Memorandum on the prevention of leprosy by segregation of the affected
Disease focus: Leprosy
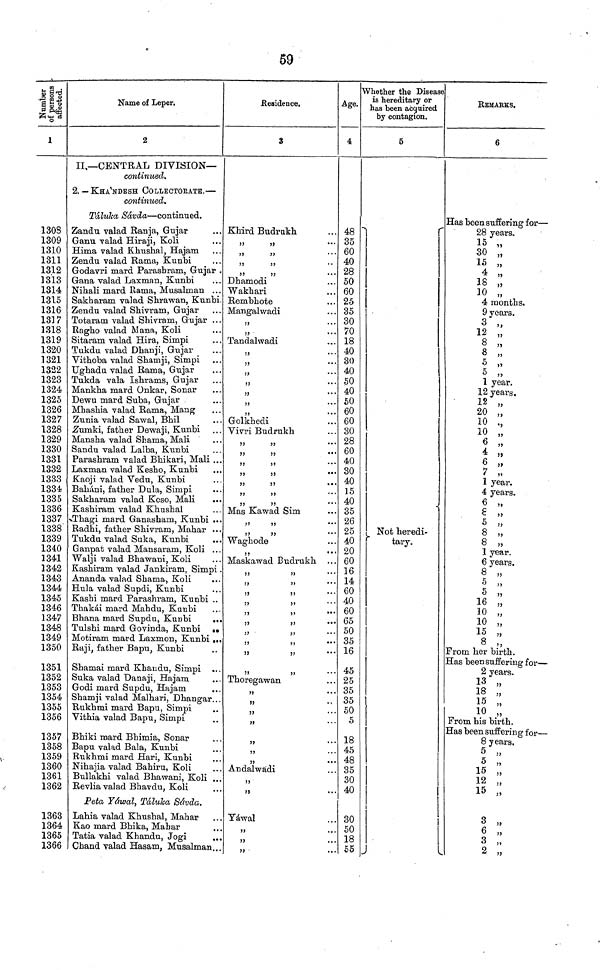
59
1
1308
1309
1310
1311
1312
3313
1314
1315
1316
13] 7
1318
1319
1320
1321
1322
1323
1324
1325
1326
1327
1328
1329
1330
1331
1332
1333
1334
1335
1336
1337
1338
1339
1340
1341
1342
1343
1344
1345
1346
1347
1348
1349
1350
1351
1352
1353
1354
1355
1356
1357
1358
1359
1360
1361
1362
1363
1364
1365
1366
2
II.— CENTRAL DIVISION—
continued.
2. — KHA'NDESH COLLECTORATE. —
continued.
Táluka Sávda — continued.
Zandu valad Ranja, Gujar
Ganu valad Hiraji, Koli
Hima valad Khushal, Hajam
Zendu valad Rama, Kunbi
Godavri mard Parasbram, Gujar .
Gana valad Laxman, Kunbi
Nihali mard llama, Musalman ...
Sakharam valad Shrawan, Kunbi.
Zendu valad Shivram, Gujar
Totaram valad Shivram, Gujar . . .
Ragbo valad Mana, Koli
Sitaram valad Hira, Simpi
Tukdu valad Dhanji, Gujar
Vitboba valad Shamji, Simpi
Ughadu valad Rama, Gujar
Tukda vala Ishrams, Gujar
Mankha mard Onkar, Sonar
Dewu mard Suba, Gujar
Mbashia valad Rama, Mang
Zunia valad Sawal, Bhil
Znmki, father Dewaji, Kunbi
Mansha valad Shama, Mali
Sandu valad Lalba, Kunbi
Parasbram valad Bbikari, Mali ...
Laxman valad Kesho, Kunbi
Kaoji valad Vedu, Kunbi
Baháni, father Dula, Simpi
Sakharam valad Keso, Mali
...
Kashiram valad Khushal
Thagi mard Ganasham, Kunbi ...
Radhi, father Shivram, Mahar ...
Tukdu valad Suka, Kunbi
Ganpat valad Mansaram, Koli ...
Walji valad Bhawani, Koli
Kashiram valad Jankiram, Simpi .
Ananda valad Shama, Koli
Hula valad Supdi, Kunbi
Kashi mard Parashram, Kunbi ..
Thakái mard Mahdu, Kunbi
Bhana mard Supdu, Kunbi
...
Tulshi mard Govinda, Kunbi
.
Motiram mard Laxmon, Kunbi ...
Raji, father Bapu, Kunbi
Shamai mard Khaudu, Simpi
Suka valad Danaji, Hajam
Godi mard Supdu, Hajam
Shamji valad Malhari, Dhangar. . .
Rukhmi mard Bapu, Simpi
Vithia valad Bapu, Simpi
Bhiki mard Bhimia, Sonar
Bapu valad Bala, Kunbi
Rukhmi mard Hari, Kunbi
Nihajia valad Bahiru, Koli
Bullakhi valad Bhawani, Koli ...
Revlia valad Bhavdu, Koli
Peta Yáwal, Táluka Sávda.
Lahia valad Khushal, Mahar
Kao mard Bhika, Mahar
Tatia valad Khandu, Jogi
Chand valad Hasam, Musalman...
Residence.
3
Khird Budrukh
"
"
"
"
"
"
"
"
Dhamodi
Wakhari
Rembhote
Mangalwadi
,,
"
Tandalwadi
,,
,,
,,
...
,,
„
...
,,
...
,,
...
Golkhedi
Vivri Budrukh
"
"
"
"
"
"
"
"
"
"
"
"
"
"
Mas Kawad Sim
"
"
,,
,,
Waghode
"
Maskawad Budrukh ...
"
"
"
"
"
"
"
"
...
"
"
Thoregawan
"
"
"
"
"
Andalwadi
Yáwal
"
"
"
Age.
4
48
35
60
40
28
50
60
25
35
30
70
18
40
30
40
50
40
50
60
60
30
28
60
40
30
40
15
40
35
26
25
40
20
60
16
14
60
40
60
65
50
35
16
45
25
35
35
50
5
18
45
48
35
30
40
30
50
18
55
Whether the Disease
is hereditary or
has been acquired
by contagion.
5
Not heredi-
tary.
REMARKS,
6
Has been suffering for —
28 years.
15 „
30 „
15 „
4 „
18 „
10 „
4 months.
9 years.
3 „
12 „
8 "
8 "
5 „
5 „
1 year.
12 years.
12 „
20 „
10 „
10 „
6 "
4 „
6 „
7 „
1 year.
4 years.
6 „
8 „
5 „
8 "
8 „
1 year.
6 years.
8 „
5 „
5 „
16 „
10 „
10 „
15 „
8 ,,
From her birth.
Has been suffering for —
2 years.
13 „
18 „
15 „
10 „
From his birth.
Has been suffering for —
8 years.
5 „
5 „
15 „
12 „
15 „
3 „
" "
6 " "
3 „
" "
2 „